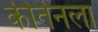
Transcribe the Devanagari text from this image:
कीर्तनला